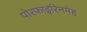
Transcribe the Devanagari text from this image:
पोरफाइरिनमेह